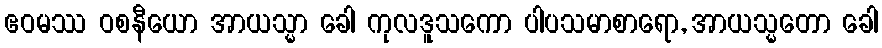
ဧဝမဿ ဝစနီယော အာယသ္မာ ခေါ ကုလဒူသကော ပါပသမာစာရော, အာယသ္မတော ခေါ